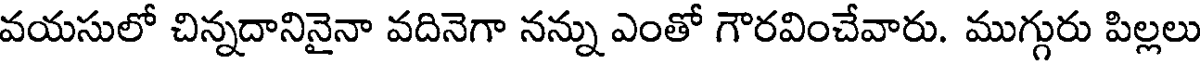
వయసులో చిన్నదానినైనా వదినెగా నన్ను ఎంతో గౌరవించేవారు. ముగ్గురు పిల్లలు